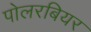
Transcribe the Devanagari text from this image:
पोलरबियर